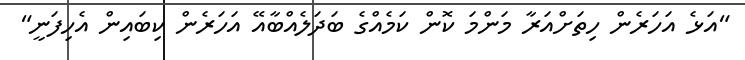
"އަޅެ އަހަރެން ހިތަށްއަރާ މަންމަ ކޮން ކަމެއްގެ ބަދަލެއްބާއޭ އަހަރެން ކިބައިން އެހިފަނީ"